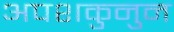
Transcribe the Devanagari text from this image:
अपशकुनुन